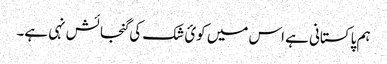
ہم پاکستانی ہے اس میں کوئ شک کی گنجائش نہی ہے۔